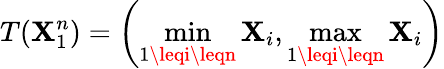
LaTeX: T(\mathbf{X}_{1}^{n})=\left(\operatorname*{min}_{1\leqi\leqn}\mathbf{X}_{i},\operatorname*{max}_{1\leqi\leqn}\mathbf{X}_{i}\right)